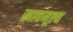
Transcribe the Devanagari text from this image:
खाद्यमूल्य